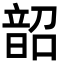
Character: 韶